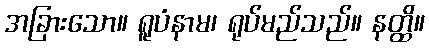
အခြားသော။ ရူပံနာမ၊ ရုပ်မည်သည်။ နတ္ထိ။